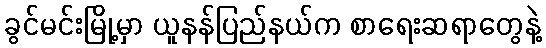
ခွင်မင်းမြို့မှာ ယူနန်ပြည်နယ်က စာရေးဆရာတွေနဲ့